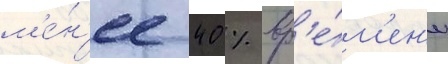
м'е́н'ее 40 % вр'е́м'ен'и